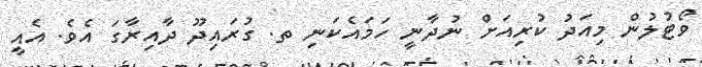
ވޯޓުލުން މިއަދު ކުރިއަށް ނުދާނީ ހަމައެކަނި ތ. ގުރައިދޫ ދާއިރާގަ އެވެ. އެއީ